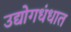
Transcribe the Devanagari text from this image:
उद्योगधंधात